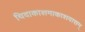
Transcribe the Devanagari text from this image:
चिदाकाशमाकाशवासम्